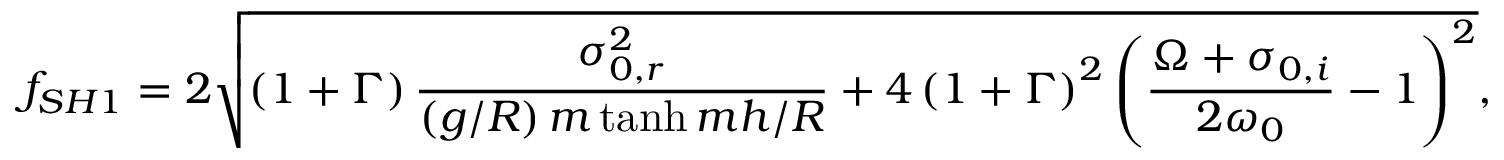
f _ { S H 1 } = 2 \sqrt { \left( 1 + \Gamma \right) \frac { \sigma _ { 0 , r } ^ { 2 } } { \left( g / R \right) m \operatorname { t a n h } { m h / R } } + 4 \left( 1 + \Gamma \right) ^ { 2 } \left( \frac { \Omega + \sigma _ { 0 , i } } { 2 \omega _ { 0 } } - 1 \right) ^ { 2 } } ,